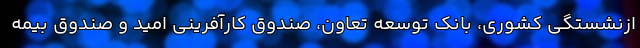
ازنشستگی کشوری، بانک توسعه تعاون، صندوق کارآفرینی امید و صندوق بیمه